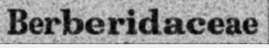
Berberidaceae